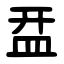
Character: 㿼